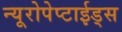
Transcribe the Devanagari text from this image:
न्यूरोपेप्टाईड्स